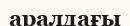
аралдағы